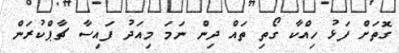
ގޮތަށް ފަޅު ހިއްކާ ގޯތި ތައް ދިން ނަމަ މިއަދު ފައިސާ ޗާޕްކުރަން